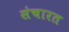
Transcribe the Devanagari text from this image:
संचारत